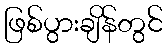
ဖြစ်ပွားချိန်တွင်